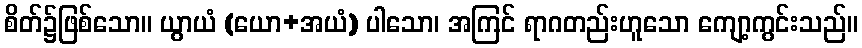
စိတ်၌ဖြစ်သော။ ယွာယံ (ယော+အယံ) ပါသော၊ အကြင် ရာဂတည်းဟူသော ကျော့ကွင်းသည်။